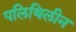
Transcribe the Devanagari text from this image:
पलिथिलीन